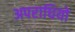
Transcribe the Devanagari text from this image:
अपराधियो